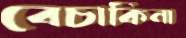
বেচাকিনা